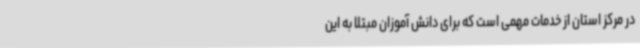
در مرکز استان از خدمات مهمی است که برای دانش آموزان مبتلا به این